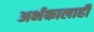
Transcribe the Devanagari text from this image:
अर्भकालाही